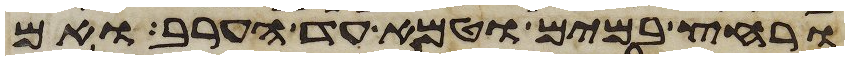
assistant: ורחץ במים וטמא עד הערב ואם